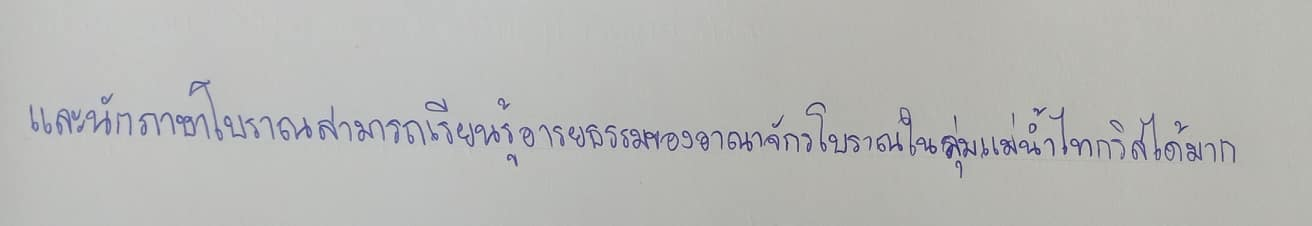
และนักภาษาโบราณสามารถเรียนรู้อารยธรรมของอาณาจักรโบราณในลุ่มแม่น้ำไทกริสได้มาก